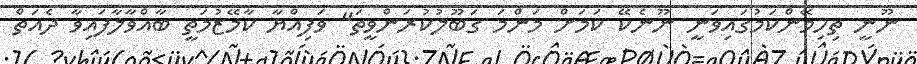
ނޫނީ ތިހިމޭންކަމުގައިވަނީ ނޫނެކޭ ކަމަށް މަންމަ ގަބޫލުކުރަންވީތަ" ވަފިއްޔާ ކާމޭޒުމަތީ ބާއްވާލާފައިވާ ދެއަތް